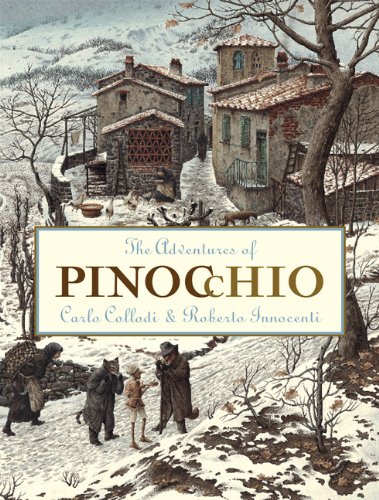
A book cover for The Adventures of Pinocchio (Creative Editions); Carlo Collodi; Science Fiction & Fantasy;